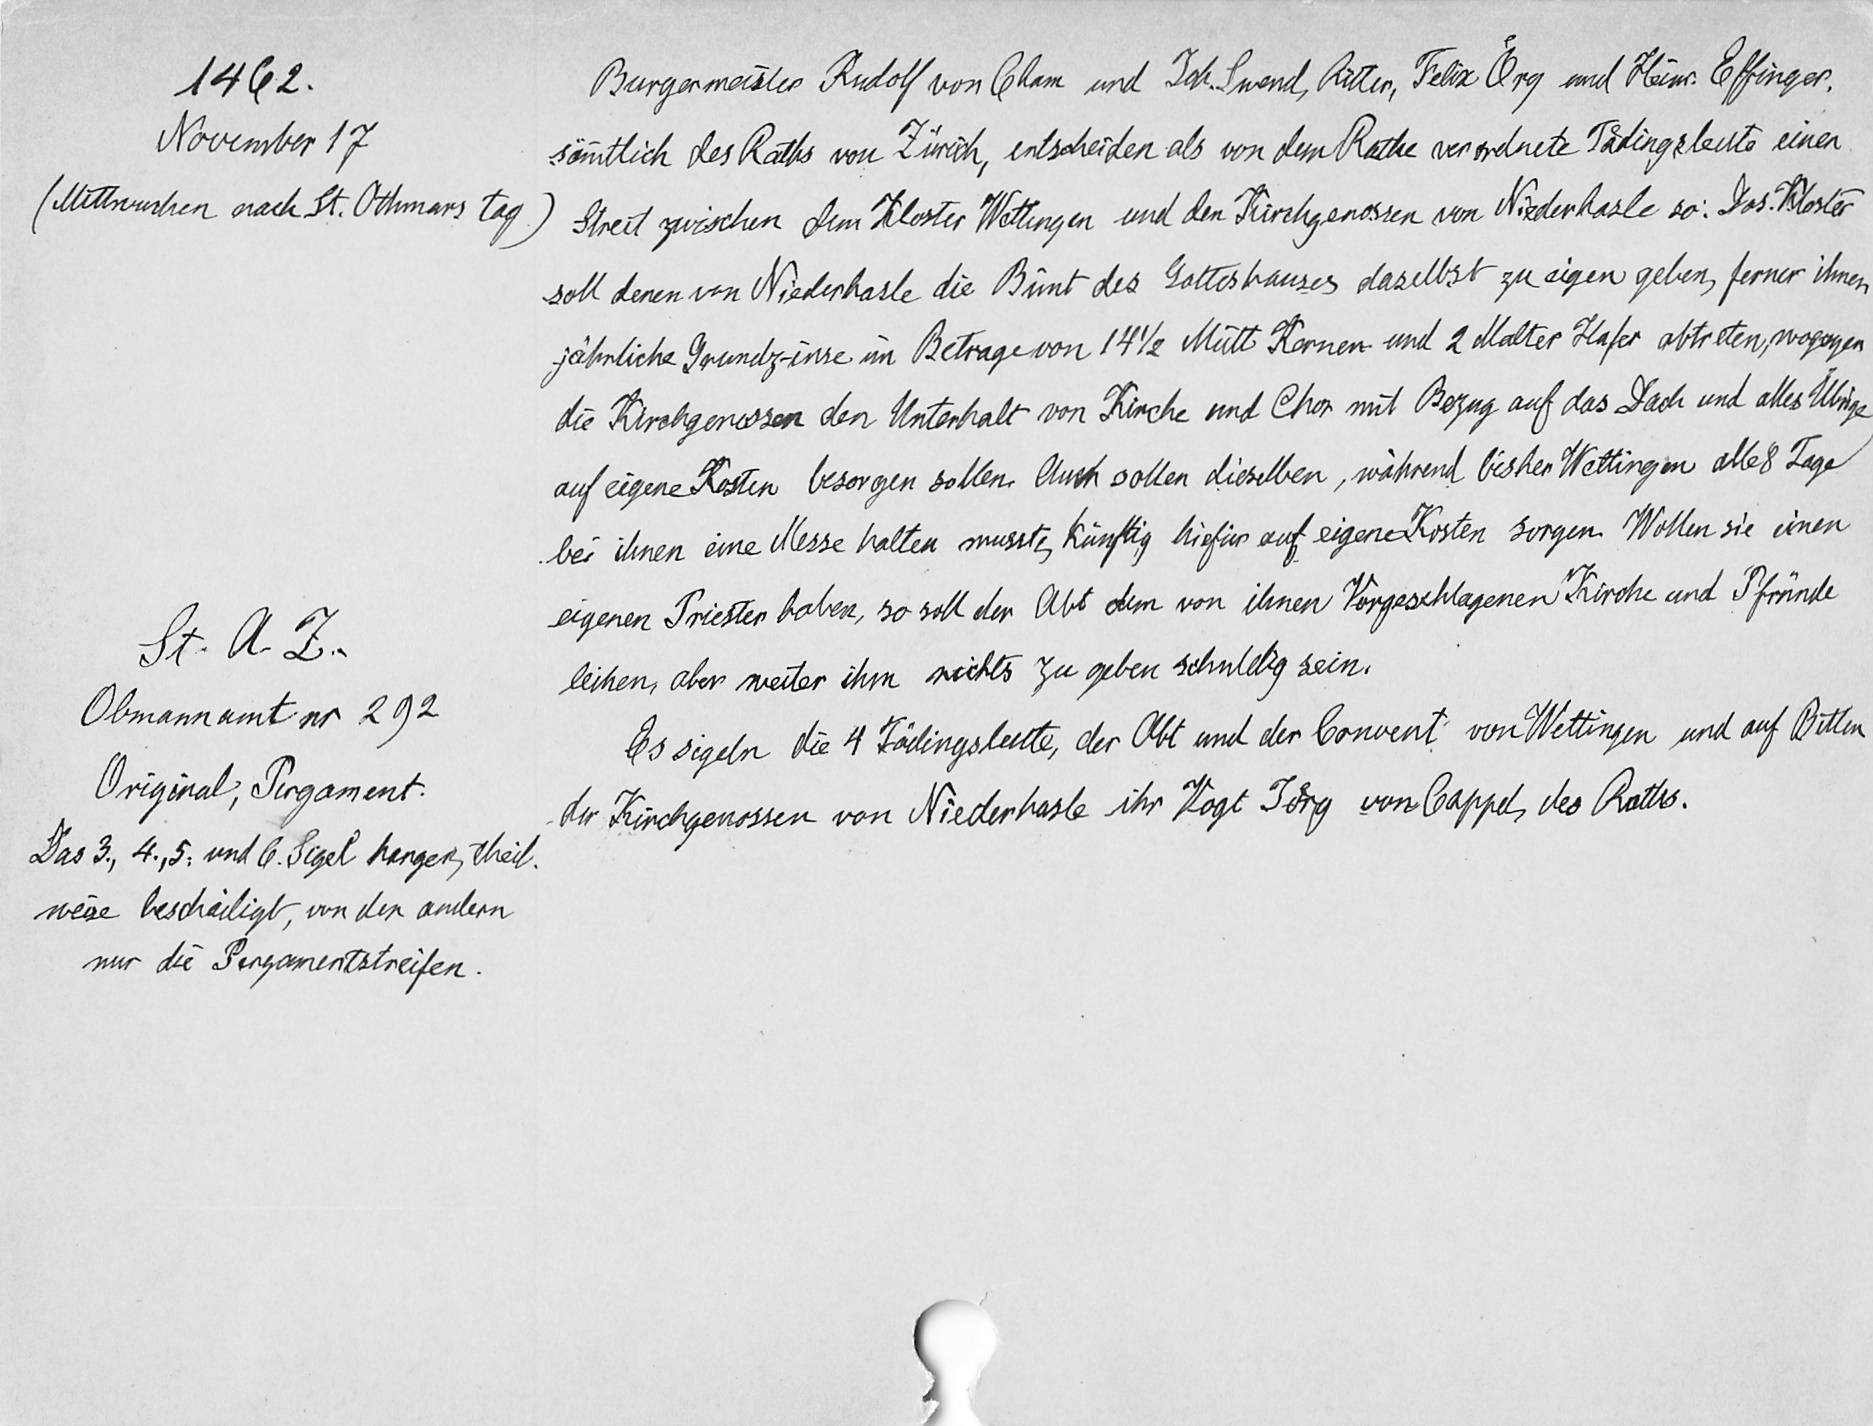
1462.
November 17
(Mittwuchen nach St. Othmars tag)
St. A Z.
Obmanant nr 292
Original, Pergament:
Das 3, 4, 5. und 6. Sigel hangen, theil¬
weise beschädigt, von den andern
nur die Pergamentstreifen.

Burgermeister Rudolf von Cham und Ich, Swend, Ritter, Felix Oͤry und Heinr. Effinger
sämtlich des Raths von Zürich, entscheiden als von dem Rathe verordnete Taͤdingsleute einen
Streit zwischen dem Klsoter  den Kloster Wettingen und den Kirhcgenossen von Niderhasle so: Das Kloster
soll denen von Niederhasle die Bünt des Gotteshauses daselbst zu eigen geben, ferner ihnen
jährliche Grundzinse in Betrage von 14 1/2 Mütt Kernen und 2 Malter Hafer abtreten, wogegen
die Kirchgenossen den Unterhalt von Kirche und Chor mit Bezug auf das Dach und alles Übrige
auf eigene Kosten besorgen sollen. Auch sollen dieselben, während  bisher Wettingen alles Tage
bei ihnen eine Messe halten musste, künftig hirfür auf eigene Kosten sorgen. Wollen sie einen
eigenen Priester haben, so soll der Abt dem von ihnen Vorgeschlagenen Kirche und Pfründe
leihen, aber weiter ihm nichts geben schuldig sein
Es sigeln die 4 Taͤdingsleute, der Abt und der Convent von Wettingen und auf Bitten
der Kirchgenossen von Niederhasle ihr Vogt Joͤrg von Cappel des Rathes.